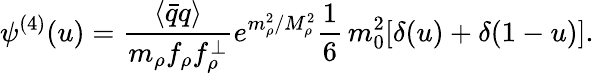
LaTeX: \psi^{(4)}(u)=\frac{\langle\bar{q}q\rangle}{m_{\rho}f_{\rho}f_{\rho}^{\perp}}e^{m_{\rho}^{2}/M_{\rho}^{2}}\frac{1}{6}\, m_{0}^{2}[\delta(u)+\delta(1-u)].